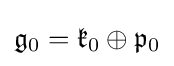
{\mathfrak {g}}_{0}={\mathfrak {k}}_{0}\oplus {\mathfrak {p}}_{0}